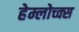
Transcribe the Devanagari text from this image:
हेम्लोच्क्स